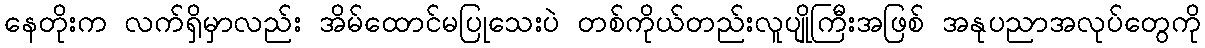
နေတိုးက လက်ရှိမှာလည်း အိမ်ထောင်မပြုသေးပဲ တစ်ကိုယ်တည်းလူပျိုကြီးအဖြစ် အနုပညာအလုပ်တွေကို